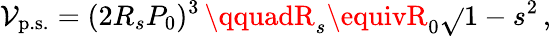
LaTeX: \mathcal{V}_{\mathrm{{p.s.}}}=(2R_{s}P_{0})^{3}\, \qquadR_{s}\equivR_{0}\sqrt{}{{1-s^{2}}}\, ,